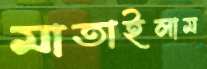
মাতাইলাম